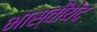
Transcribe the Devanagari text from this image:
भास्वीयेद